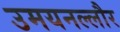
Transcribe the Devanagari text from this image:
उमयनल्लौर